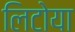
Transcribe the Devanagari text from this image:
लिटोया